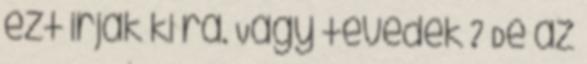
ezt irjak ki ra. Vagy tevedek ? De az